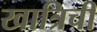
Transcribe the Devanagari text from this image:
खात्रिची